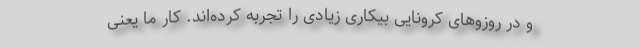
و در روزوهای کرونایی بیکاری زیادی را تجربه کرده‌اند. کار ما یعنی